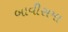
બાવીસમા